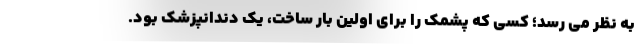
به نظر می رسد؛ کسی که پشمک را برای اولین بار ساخت، یک دندانپزشک بود.